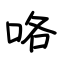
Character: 咯